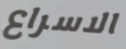
الاسراع